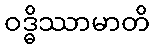
ဝဒ္ဓိဿာမာတိ